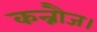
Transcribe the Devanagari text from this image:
कन्नौज।